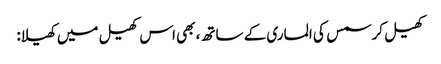
کھیل کرسمس کی الماری کے ساتھ، بھی اس کھیل میں کھیلا: